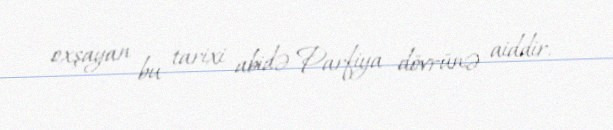
oxşayan bu tarixi abidə Parfiya dövrünə aiddir.